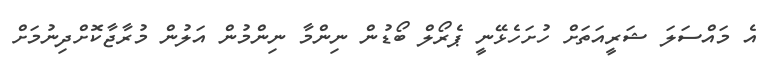
އެ މައްސަލަ ޝަރީއަތަށް ހުށަހެޅޭނީ ޕެރޯލް ބޯޑުން ނިންމާ ނިންމުން އަލުން މުރާޖާކޮށްދިނުމަށް